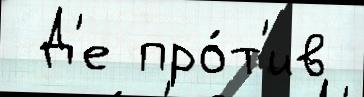
 Д'е про́т'ив